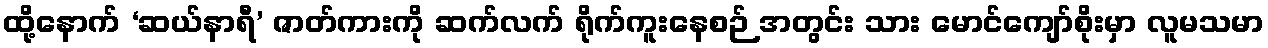
ထို့နောက် ‘ဆယ်နာရီ’ ဇာတ်ကားကို ဆက်လက် ရိုက်ကူးနေစဉ် အတွင်း သား မောင်ကျော်စိုးမှာ လူမသမာ